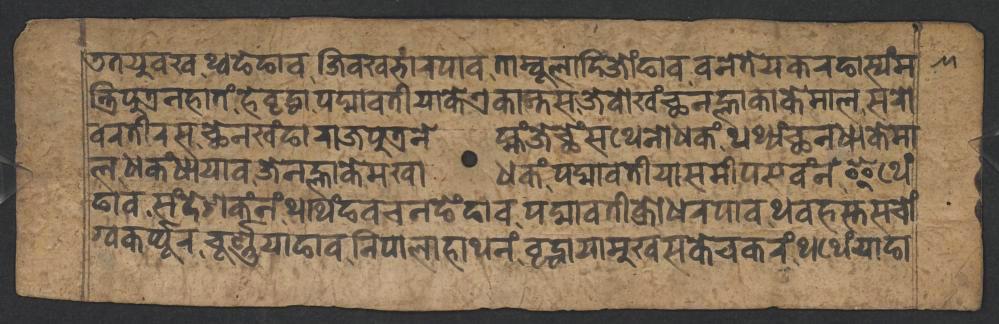
𑐜𑐟𑐫𑐸𑐰𑐏𑐠𑑂𑐰𑐒𑐾𑐒𑐵𑐰𑐖𑐶𑐰𑐏𑐨𑐵𑐬𑐥𑐵𑐰𑐟𑐵𑐩𑑂𑐧𑐸𑐮𑐵𑐡𑐶𑐖𑑀𑑄𑐒𑐵𑐰𑐰𑐣𑐾𑐟𑐾𑐫𑐎𑐬𑐒𑐵𑐳𑑂𑐫𑑄𑐩 𑐟𑑂𑐬𑐶𑐥𑐸𑐟𑑂𑐬𑐣𑐴𑐵𑐟𑑄𑐴𑐾𑐰𑐺𑐡𑑂𑐢𑐵𑐥𑐡𑑂𑐩𑐵𑐰𑐟𑐷𑐫𑐵𑐎𑐾𑐊𑐎𑐵𑐣𑑂𑐟𑐳𑐖𑐾𑐰𑑀𑐏𑑄𑐕𑐣𑐮𑑂𑐴𑐵𑐎𑐵𑐎𑐾𑐩𑐵𑐮𑐳𑐬𑑀 𑐰𑐬𑐟𑐷𑐬𑐳𑐕𑐾𑐣𑐏𑑄𑐒𑐵𑐬𑐵𑐖𑐥𑐸𑐟𑑂𑐬𑐣𑐾𑐩𑑂𑐴𑑄𑐖𑐾𑐕𑐾𑑄𑐳𑐠𑐾𑐣𑑀𑐢𑐎𑑄𑐠𑐠𑑂𑐫𑑄𑐕𑐣𑐢𑐵𑐎𑐾𑐩𑐵 𑐮𑐢𑐎𑑄𑐢𑐵𑐫𑐵𑐰𑐖𑐾𑐣𑐮𑑂𑐴𑐵𑐎𑐾𑐩𑐏𑐵𑐢𑐎𑑄𑐥𑐡𑑂𑐩𑐵𑐰𑐟𑐷𑐫𑐵𑐳𑐩𑐷𑐥𑐳𑐰𑑄𑐣𑑄𑐂𑐠𑐾𑑄 𑐒𑐵𑐰𑐳𑑄𑐡𑐾𑐱𑐎𑑄𑐣𑑄𑐠𑐠𑐶𑑄𑐒𑐰𑐔𑐣𑐒𑐾𑑄𑐒𑐵𑐰𑐥𑐡𑑂𑐩𑐵𑐰𑐟𑐷𑐎𑑂𑐬𑑀𑐢𑐬𑐥𑐵𑐰𑐠𑐰𑐴𑐳𑑂𑐟𑐳𑐔𑑀𑑄 𑐐𑑂𑐰𑐎𑐬𑑂𑐥𑑂𑐥𑐹𑐬𑐔𑐹𑐬𑑂𑐞𑑂𑐞𑐫𑐵𑐒𑐵𑐰𑐣𑐶𑐥𑐵𑐮𑐵𑐴𑐵𑐠𑐣𑑄𑐰𑐺𑐡𑑂𑐢𑐵𑐫𑐵𑐩𑐸𑐏𑐳𑐎𑐾𑐔𑐎𑐬𑑄𑐠𑐠𑐾𑑄𑐫𑐵𑐒𑐵